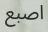
اصبع